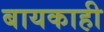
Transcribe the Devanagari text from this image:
बायकाही